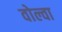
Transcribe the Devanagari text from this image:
वोल्वा